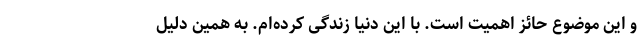
و این موضوع حائز اهمیت است. با این دنیا زندگی کرده‌ام. به همین دلیل